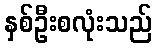
နှစ်ဦးစလုံးသည်